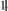
1